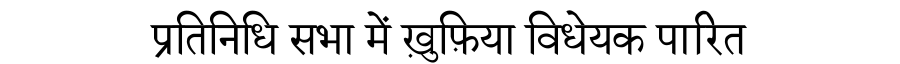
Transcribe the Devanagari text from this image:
प्रतिनिधि सभा में ख़ुफ़िया विधेयक पारित